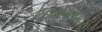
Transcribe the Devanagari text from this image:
यूओडाइस